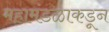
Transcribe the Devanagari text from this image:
महामंडळाकडून